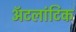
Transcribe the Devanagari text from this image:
ॲटलांटिक